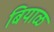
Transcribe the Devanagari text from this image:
बियाळ